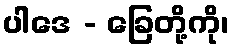
ပါဒေ - ခြေတို့ကို၊